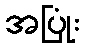
အပြုံး